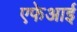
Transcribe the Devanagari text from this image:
एफेआई